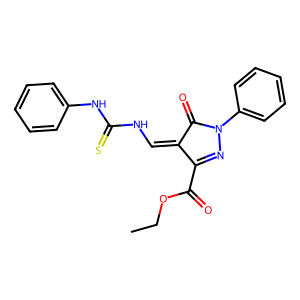
SMILES: CCOC(=O)C1=NN(c2ccccc2)C(=O)C1=CNC(=S)Nc1ccccc1
Inhibits HIV replication: No